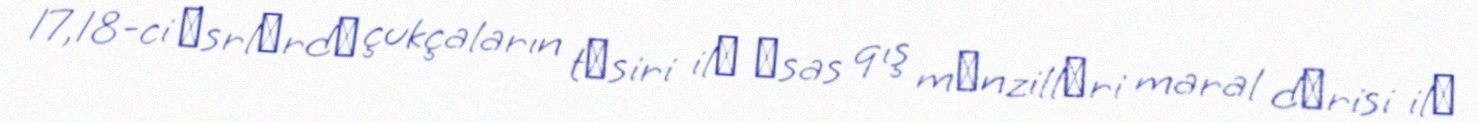
17,18-ci әsrlәrdә çukçaların tәsiri ilә әsas qış mәnzillәri maral dәrisi ilә